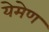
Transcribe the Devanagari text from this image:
येमेण